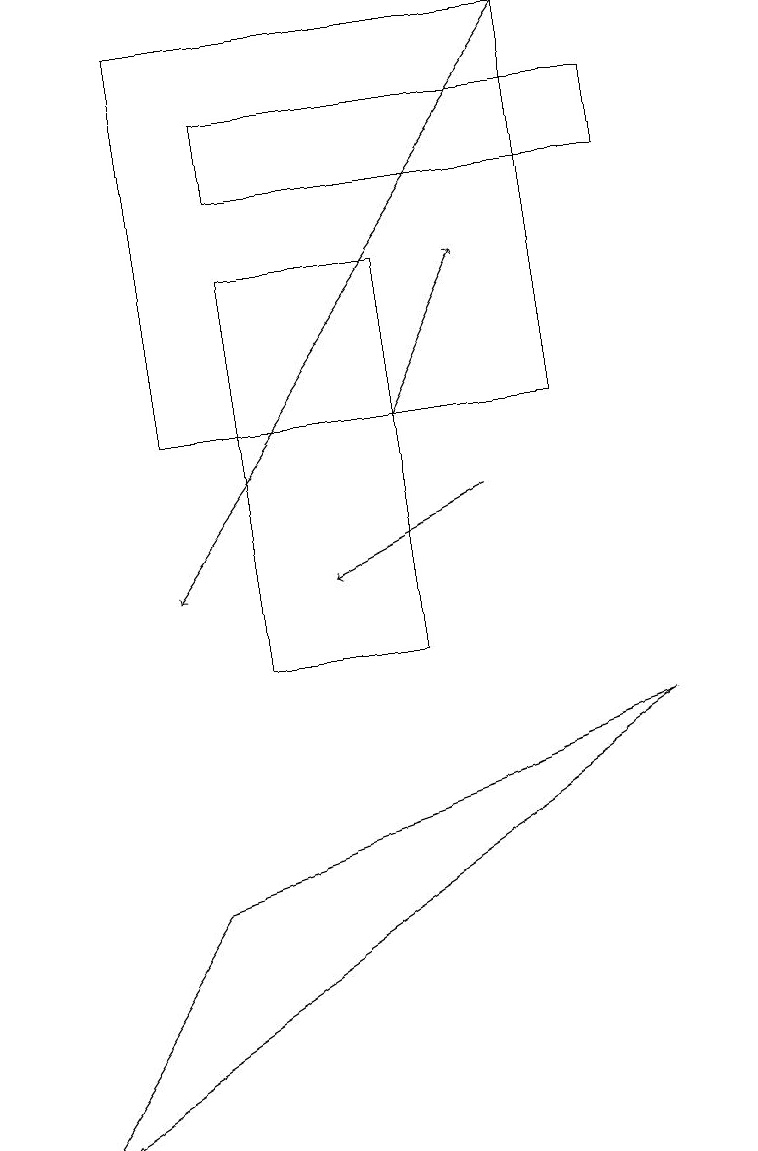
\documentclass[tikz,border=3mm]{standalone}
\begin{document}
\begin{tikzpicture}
\draw[->] (6,13) -- (7,15);
\draw (10,11) circle (0);
\draw (9,16) rectangle (4,17);
\draw (3,18) rectangle (8,13);
\draw[->] (8,18) -- (3,11);
\draw (4,10) rectangle (6,15);
\draw (1,4) -- (9,9) -- (3,7) -- cycle;
\draw[->] (7,12) -- (5,11);
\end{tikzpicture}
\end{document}